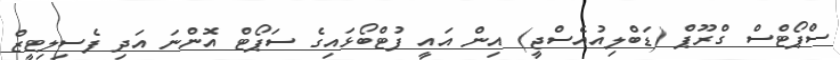
ސްޕޯޓްސް ގްރޫޕް (ޑަބްލިއުއެސްޖީ) އިން އައީ ފުޓްބޯޅައިގެ ސަޕޯޓް އޮންނަ އަދި ފެސިލިޓީޒް